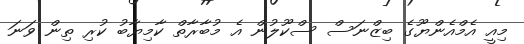
މިއީ އެމްއެންޔޫގެ ބިޒްނަސް ސްކޫލުން އެ މުބާރާތް ކާމިޔާބު ކުރި ތިން ވަނަ